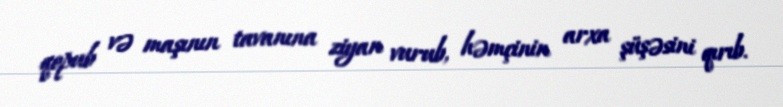
qopub və maşının tavanına ziyan vurub, həmçinin arxa şüşəsini qırıb.